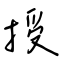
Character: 授